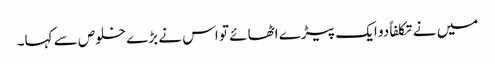
میں نے تکلفاً دو ایک پیڑے اٹھائے تو اس نے بڑے خلوص سے کہا۔